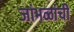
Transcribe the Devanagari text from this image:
जांभळांची